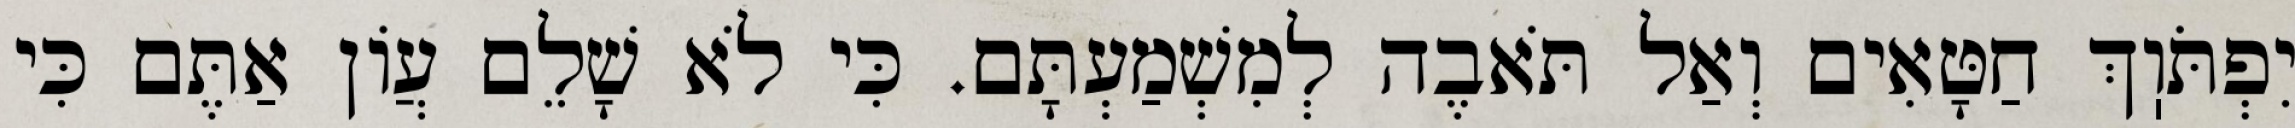
יִפְתֹּוֽךְ חַטָּאִים וְאַל תֹּאבֶה לְמִשְׁמַעְתָּם. כִּי לֹא שָׁלֵם עֲוֹן אַתֶּם כִּי